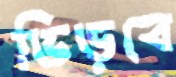
ভিড়বে